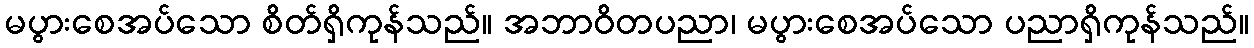
မပွားစေအပ်သော စိတ်ရှိကုန်သည်။ အဘာဝိတပညာ၊ မပွားစေအပ်သော ပညာရှိကုန်သည်။